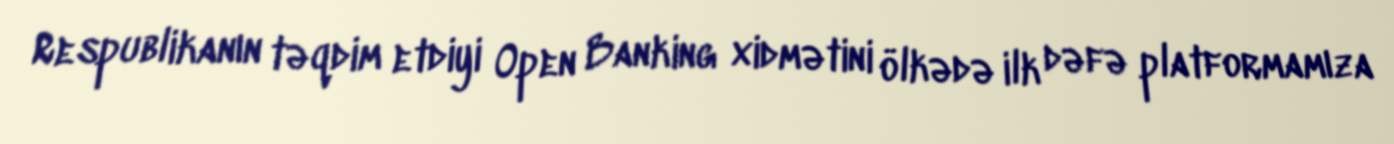
Respublikanın təqdim etdiyi Open Banking xidmətini ölkədə ilk dəfə platformamıza